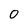
Character: 0